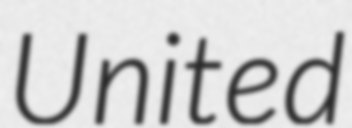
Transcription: United